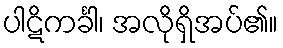
ပါဋိကင်္ခါ၊ အလိုရှိအပ်၏။